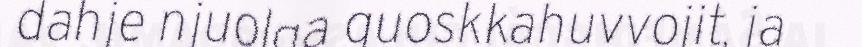
dahje njuolga guoskkahuvvojit, ja